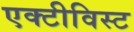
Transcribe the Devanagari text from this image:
एक्टीविस्ट